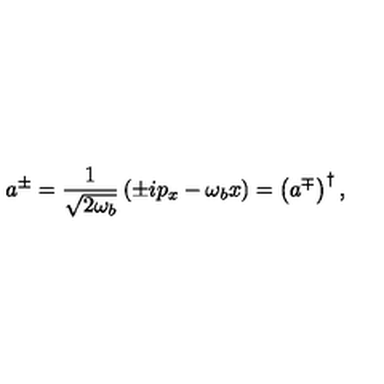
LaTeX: a ^ { \pm } = \frac { 1 } { \sqrt { 2 \omega _ { b } } } \left( \pm i p _ { x } - \omega _ { b } x \right) = \left( a ^ { \mp } \right) ^ { \dagger } ,